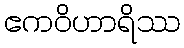
ဧကဝိဟာရိဿ